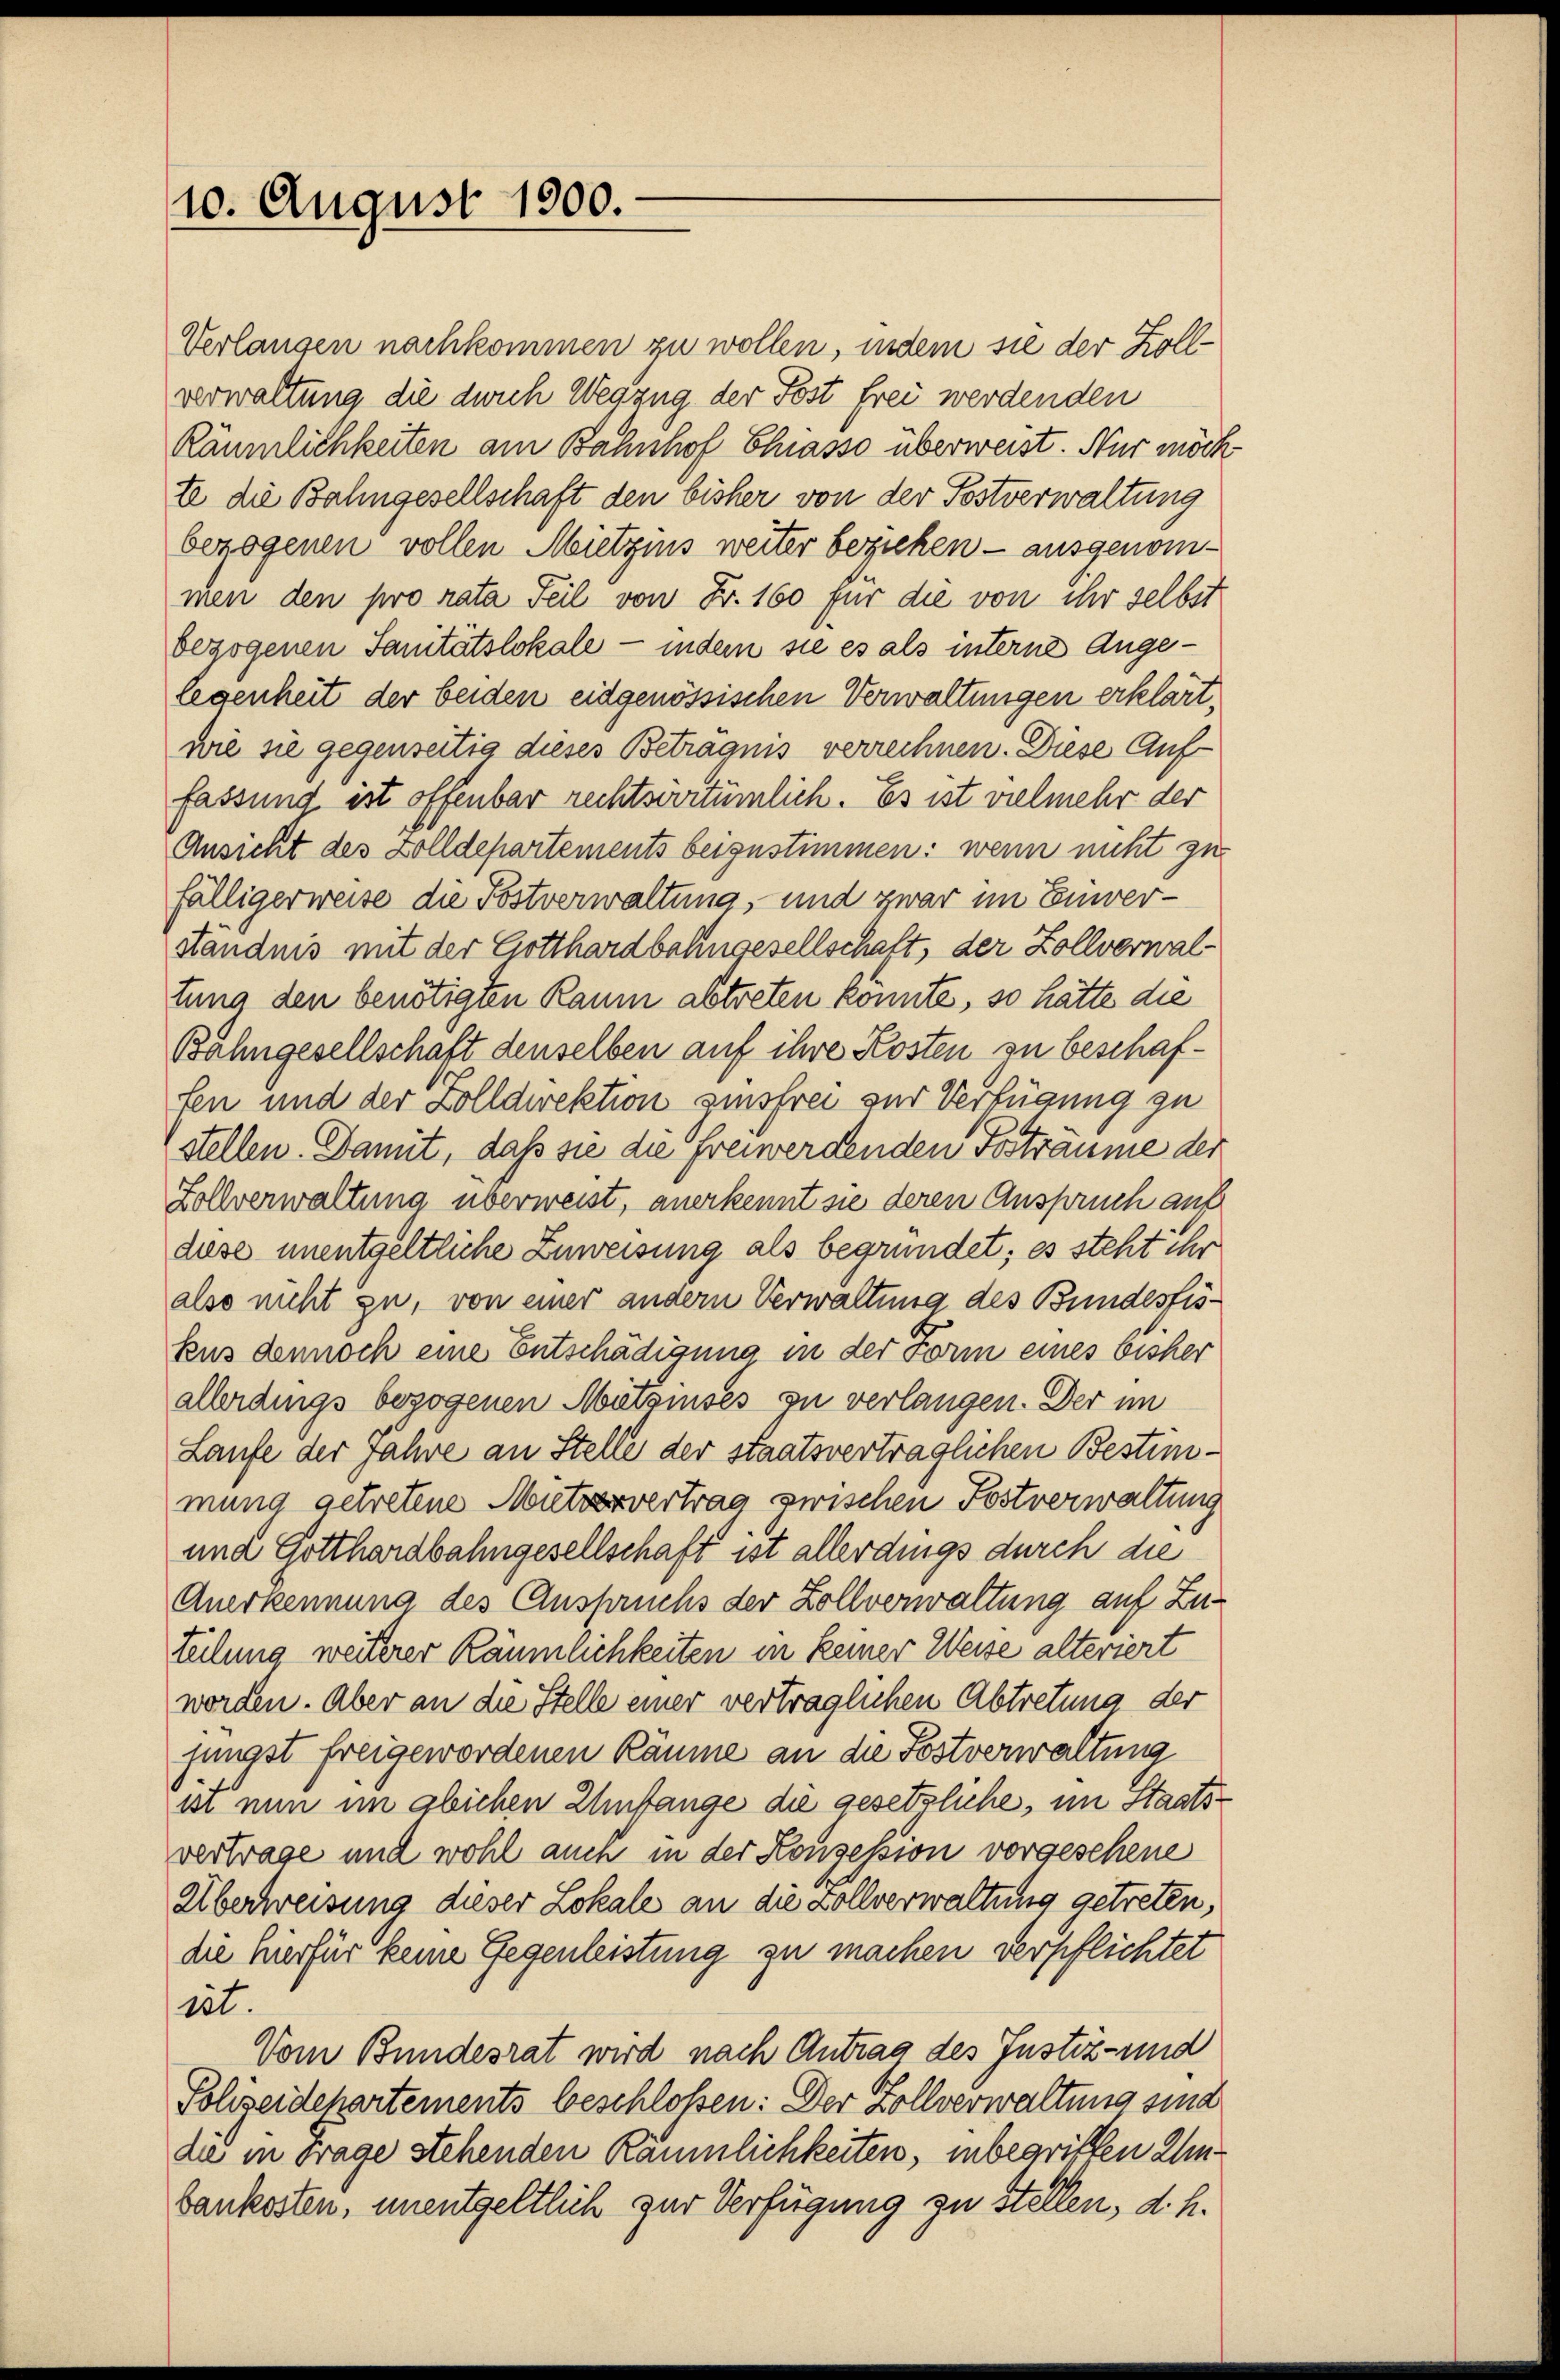
10. August 1900.

Verlangen nachkommen zu wollen, indem sie der Zollverwaltung die durch Wegzug der Post frei werdenden
Räumlichkeiten am Bahnhof Chiasso überweist. Nur möch
te die Bahngesellschaft den bisher von der Postverwaltung
bezogenen vollen Mietzins weiter beziehen — ausgenommen den pro rata Teil von Fr. 160 für die von ihr selbst
bezogenen Sanitätslokale - indem sie es als interne Angelegenheit der beiden eidgenössischen Verwaltungen erklärt,
wie sie gegenseitig dieses Betragnis verrechnen. Diese Auffassung ist offenbar rechtsirrtümlich. Es ist vielmehr der
Ansicht des Zolldepartements beigestimmen: wenn nicht zu
fälligerweise die Postverwaltung, und zwar im Einver-
ständnis mit der Gotthardbahngesellschaft, der Zollverwaltung den benötigten Raum abtreten könnte, so hätte die
Bahngesellschaft denselben auf ihre Kosten zu beschaffen und der Zolldirektion zinsfrei zur Verfügung zu
stellen. Damit, daß sie die freiwerdenden Posträume der
Zollverwaltung überweist, anerkennt sie deren Anspruch auf
diese unentgeltliche Zuweisung als begründet; es steht ihr
also nicht zu, von einer andern Verwaltung des Bundesfiskus dennoch eine Entschädigung in der Form eines bisher
allerdings bezogenen Mitzinses zu verlangen. Der im
Laufe der Jahre an Stelle der staatsverträglichen Bestimmung getretene Muttervertrag zwischen Postverwaltung
und Gotthardbahngesellschaft ist allerdings durch die
Anerkennung des Anspruchs der Zollverwaltung auf Zuteilung weiterer Räumlichkeiten in keiner Weise alteriert
worden. Aber an die Stelle einer verträglichen Abtretung der
jüngst freigewordenen Räume an die Postverwaltung
ist nun im glichen Umfange die gesetzliche, im Staats-
vertrage und wohl auch in der Konzession vorgeschene
Überweisung dieser Lokale an die Zollverwaltung getreten,
die hierfür keine Gegenleistung zu machen verpflichtet
iet.
Vom Bundesrat wird nach Antrag des Justiz- und
Polizeidepartements beschloßen: Der Zollverwaltung sind
die in Frage stehenden Räumlichkeiten, inbegriffen Inbankosten, unentgeltlich zur Verfügung zu Stellen, d. h.